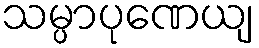
သမ္ပာပုဏေယျ